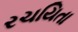
રચયિતા